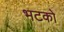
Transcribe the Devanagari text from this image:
भटको